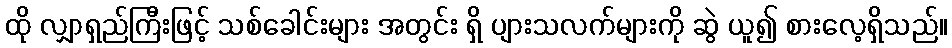
ထို လျှာရှည်ကြီးဖြင့် သစ်ခေါင်းများ အတွင်း ရှိ ပျားသလက်များကို ဆွဲ ယူ၍ စားလေ့ရှိသည်။